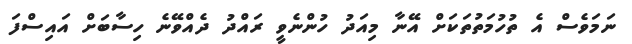
ނަމަވެސް އެ ތުހުމަތުތަކަށް އޭނާ މިއަދު ހުންނެވީ ރައްދު ދެއްވޭނެ ހިސާބަށް އައިސްފަ